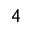
_ 4